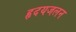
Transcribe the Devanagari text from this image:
हृदयजलन